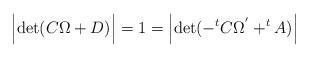
LaTeX: \begin{align*}\Bigl|{\rm det}(C\Omega+D)\Bigr|=1=\Bigl|{\rm det}(-^{t} C \Omega^{'}+^t A)\Bigr|\end{align*}